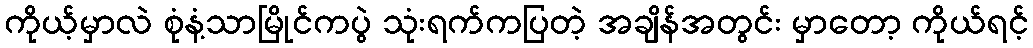
ကိုယ့်မှာလဲ စုံနံ့သာမြိုင်ကပွဲ သုံးရက်ကပြတဲ့ အချိန်အတွင်း မှာတော့ ကိုယ်ရင့်